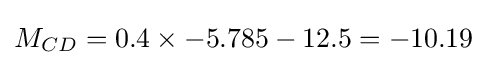
M_{CD}=0.4\times -5.785-12.5=-10.19